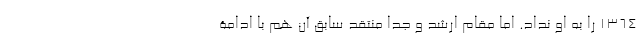
1364 را به او نداد. اما مقام ارشد و جدا منتقد سابق آن هم با ادامۀ